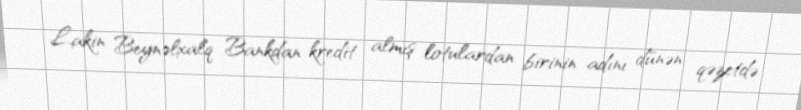
Lakin Beynəlxalq Bankdan kredit almış lotulardan birinin adını dünən qəzetdə